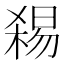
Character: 𱤅